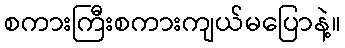
စကားကြီးစကားကျယ်မပြောနဲ့။